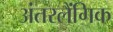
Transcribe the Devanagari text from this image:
अंतरलैंगिक